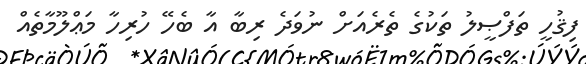
ފިޤުހީ ތަފްޞީލު ތަކުގެ ތެރެއަށް ނުވަދެ ރިބާ އާ ބެހޭ ހުރިހާ މަޢްލޫމާތެއް